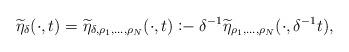
LaTeX: \begin{gather*}\widetilde{\eta}_{\delta}(\cdot, t) = \widetilde{\eta}_{\delta,\rho_1,\dots,\rho_N}(\cdot, t) \coloneq \delta^{-1}\widetilde{\eta}_{\rho_1,\dots,\rho_N}(\cdot, \delta^{-1}t),\end{gather*}